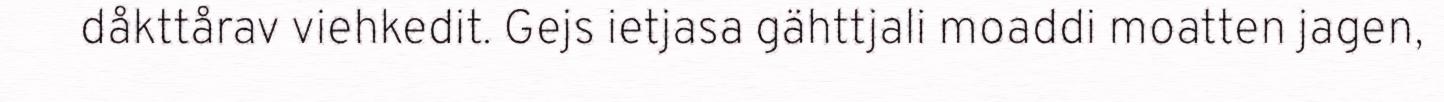
dåkttårav viehkedit. Gejs ietjasa gähttjali moaddi moatten jagen,